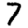
Digit: 7